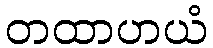
တထာဟယံ